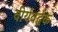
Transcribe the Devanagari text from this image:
वीर्यवर्द्घक